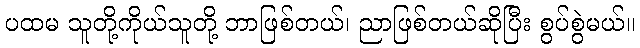
ပထမ သူတို့ကိုယ်သူတို့ ဘာဖြစ်တယ်၊ ညာဖြစ်တယ်ဆိုပြီး စွပ်စွဲမယ်။